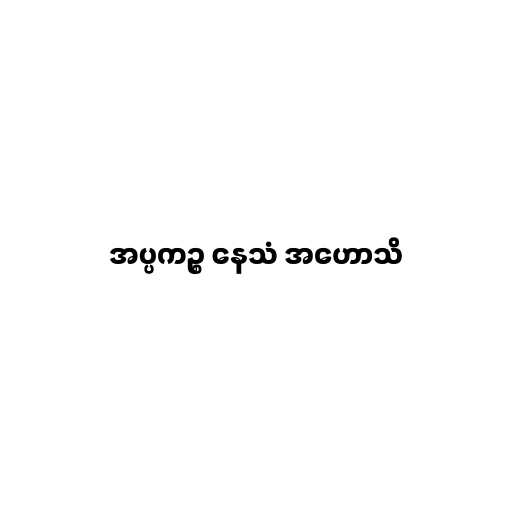
အပ္ပကဉ္စ နေသံ အဟောသိ